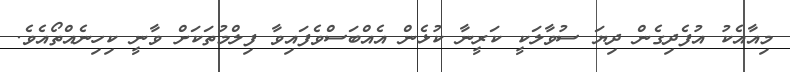
މިއާއެކު އުފެދިގެން ދިޔަ ސުވާލަކީ ކަރީނާ ކުޅެން އެއްބަސްވެފައިވާ ފިލްމުތަކަށް ވާނީ ކިހިނެއްތޯއެވެ.